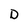
Character: D